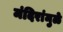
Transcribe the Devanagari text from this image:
मंदिरांमुळे